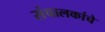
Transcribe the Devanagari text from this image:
संचालकांचे